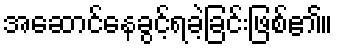
အဆောင်နေခွင့်ရခဲ့ခြင်းဖြစ်၏။